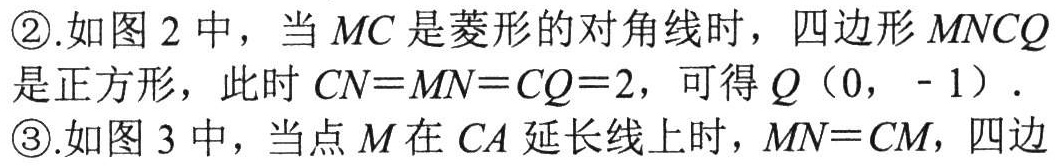
\textcircled{2}.如图 2 中，当 \(MC\) 是菱形的对角线时，四边形 \(MNCQ\) 是正方形，此时 \(CN = MN = CQ = 2\)，可得 \(Q(0,-1)\)．
\textcircled{3}.如图 3 中，当点 \(M\) 在 \(CA\) 延长线上时，\(MN = CM\)，四边